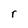
Character: r